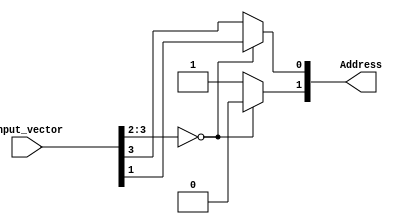
`timescale 1ns/1ps

module Priority_Encoder( input_vector,Address);

   parameter NrOfInputBits = 4;
   parameter NrOfSelectBits = 2;

   input[NrOfInputBits-1:0]  input_vector;
   output[NrOfSelectBits-1:0] Address;

   wire[4:0] s_address;
   wire[32:0] v_select_1_vector;
   wire[15:0] v_select_2_vector;
   wire[7:0] v_select_3_vector;
   wire[3:0] v_select_4_vector;

   assign Address = s_address[NrOfSelectBits-1:0];
   assign v_select_1_vector[32:NrOfInputBits] = 0;
   assign v_select_1_vector[NrOfInputBits-1:0] = input_vector;
   assign s_address[4] = (v_select_1_vector[31:16] == 0) ? 1'b0 : 1'b1;
   assign v_select_2_vector = (v_select_1_vector[31:16] == 0) ? v_select_1_vector[15:0] : v_select_1_vector[31:16];
   assign s_address[3] = (v_select_2_vector[15:8] == 0) ? 1'b0 : 1'b1;
   assign v_select_3_vector = (v_select_2_vector[15:8] == 0) ? v_select_2_vector[7:0] : v_select_2_vector[15:8];
   assign s_address[2] = (v_select_3_vector[7:4] == 0) ? 1'b0 : 1'b1;
   assign v_select_4_vector = (v_select_3_vector[7:4] == 0) ? v_select_3_vector[3:0] : v_select_2_vector[7:4];
   assign s_address[1] = (v_select_4_vector[3:2] == 0) ? 1'b0 : 1'b1;
   assign s_address[0] = (v_select_4_vector[3:2] == 0) ? v_select_4_vector[1] : v_select_4_vector[3];

endmodule